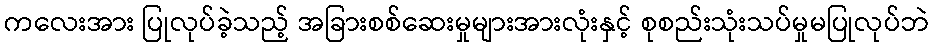
ကလေးအား ပြုလုပ်ခဲ့သည့် အခြားစစ်ဆေးမှုများအားလုံးနှင့် စုစည်းသုံးသပ်မှုမပြုလုပ်ဘဲ